Report on the bubonic plague in Bombay, 1896-1897
Year: 1896
Disease focus: Plague
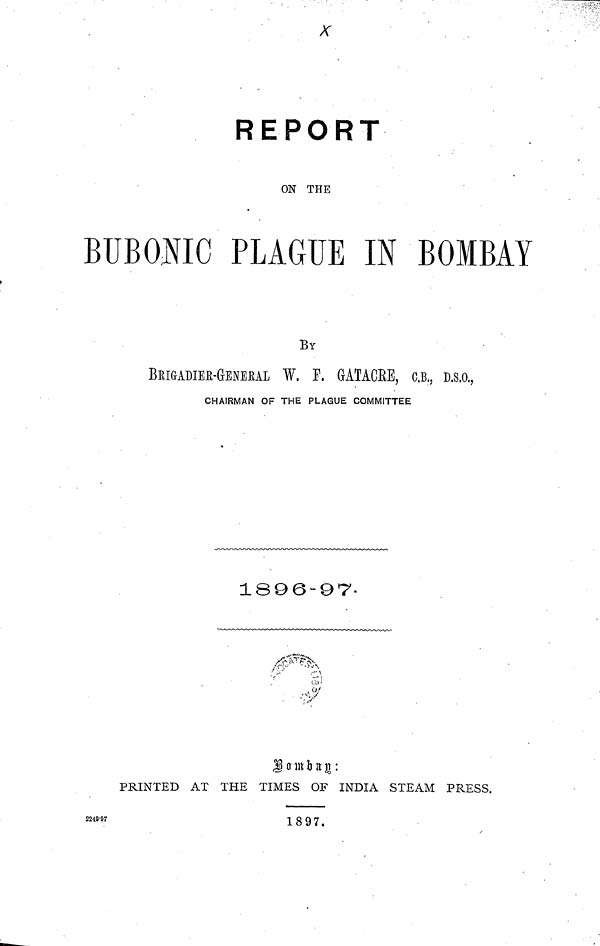
REPORT
ON THE
BUBONIC PLAGUE IN BOMBAY
BY
BKIGADIEE-GENEEAL
V. F. GATACEE, C.B., D.S.O.,
CHAIRMAN OF THE PLAGUE COMMITTEE
1896-97.
BOMBAN|
:
PRINTED AT THE TIMES OF INDIA STEAM PRESS.
224997
18 9 7.